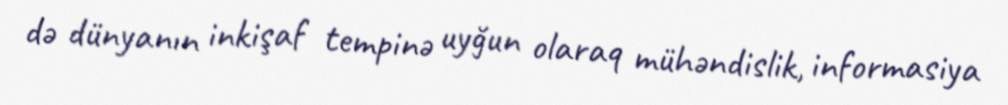
də dünyanın inkişaf tempinə uyğun olaraq mühəndislik, informasiya